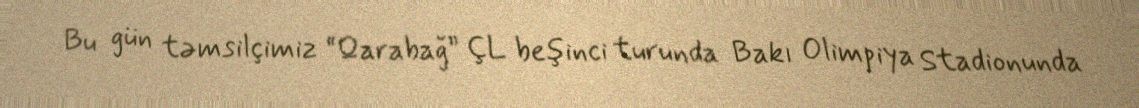
Bu gün təmsilçimiz “Qarabağ” ÇL beşinci turunda Bakı Olimpiya Stadionunda